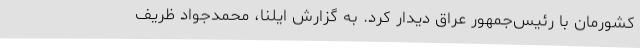
کشورمان با رئیس‌جمهور عراق دیدار کرد. به گزارش ایلنا، محمدجواد ظریف